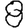
Digit: 8